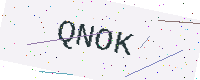
Text: QNOK